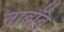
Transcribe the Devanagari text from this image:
नाबॉब